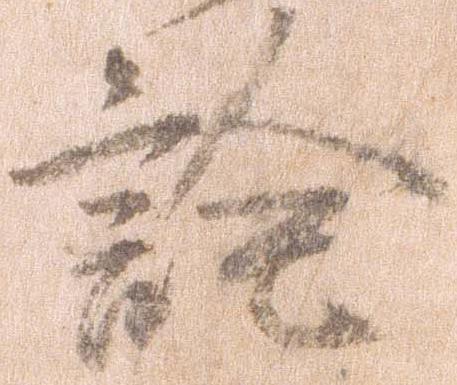
詮